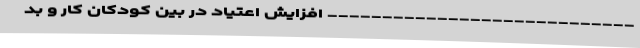
---------------------------- افزایش اعتیاد در بین کودکان کار و بد